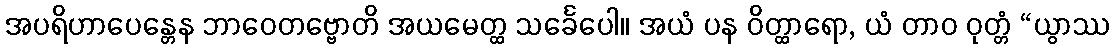
အပရိဟာပေန္တေန ဘာဝေတဗ္ဗောတိ အယမေတ္ထ သင်္ခေပေါ။ အယံ ပန ဝိတ္ထာရော, ယံ တာဝ ဝုတ္တံ “ယွာဿ